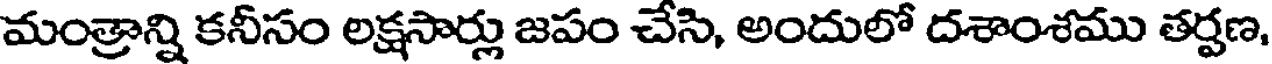
మంత్రాన్ని కనీసం లక్షసార్లు జపం చేసి, అందులో దశాంశము తర్షణ,